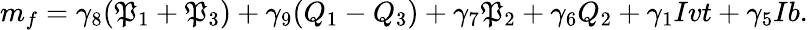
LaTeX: m_{f}=\gamma_{8}(\mathfrak{P}_{1}+\mathfrak{P}_{3})+\gamma_{9}(Q_{1}-Q_{3})+\gamma_{7}\mathfrak{P}_{2}+\gamma_{6}Q_{2}+\gamma_{1}Ivt+\gamma_{5}Ib.